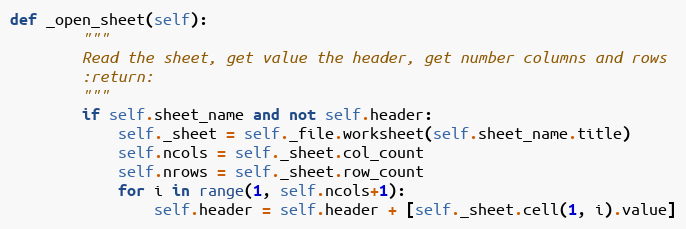
Language: Python
def _open_sheet(self):
        """
        Read the sheet, get value the header, get number columns and rows
        :return:
        """
        if self.sheet_name and not self.header:
            self._sheet = self._file.worksheet(self.sheet_name.title)
            self.ncols = self._sheet.col_count
            self.nrows = self._sheet.row_count
            for i in range(1, self.ncols+1):
                self.header = self.header + [self._sheet.cell(1, i).value]